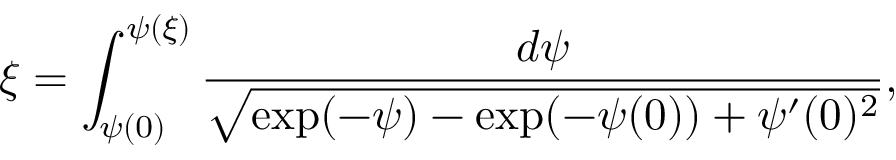
\xi = \int _ { \psi ( 0 ) } ^ { \psi ( \xi ) } \frac { d \psi } { \sqrt { \exp ( - \psi ) - \exp ( - \psi ( 0 ) ) + \psi ^ { \prime } ( 0 ) ^ { 2 } } } ,